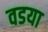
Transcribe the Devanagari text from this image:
वडया